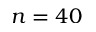
n = 4 0